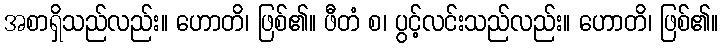
အစာရှိသည်လည်း။ ဟောတိ၊ ဖြစ်၏။ ဖီတံ စ၊ ပွင့်လင်းသည်လည်း။ ဟောတိ၊ ဖြစ်၏။